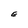
Character: E